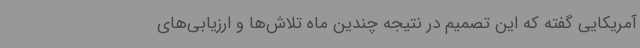
آمریکایی گفته که این تصمیم در نتیجه چندین ماه تلاش‌ها و ارزیابی‌های